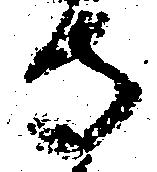
寺